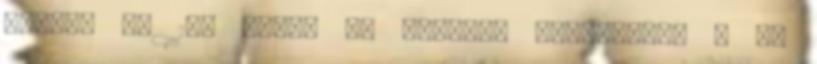
panzió :- 17. Dömpi il dottore Arkangyal, 5 fő